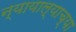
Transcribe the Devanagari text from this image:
न्यायाल्याच्या